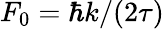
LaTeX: {F}_{0}=\hbar{k}/(2\tau)